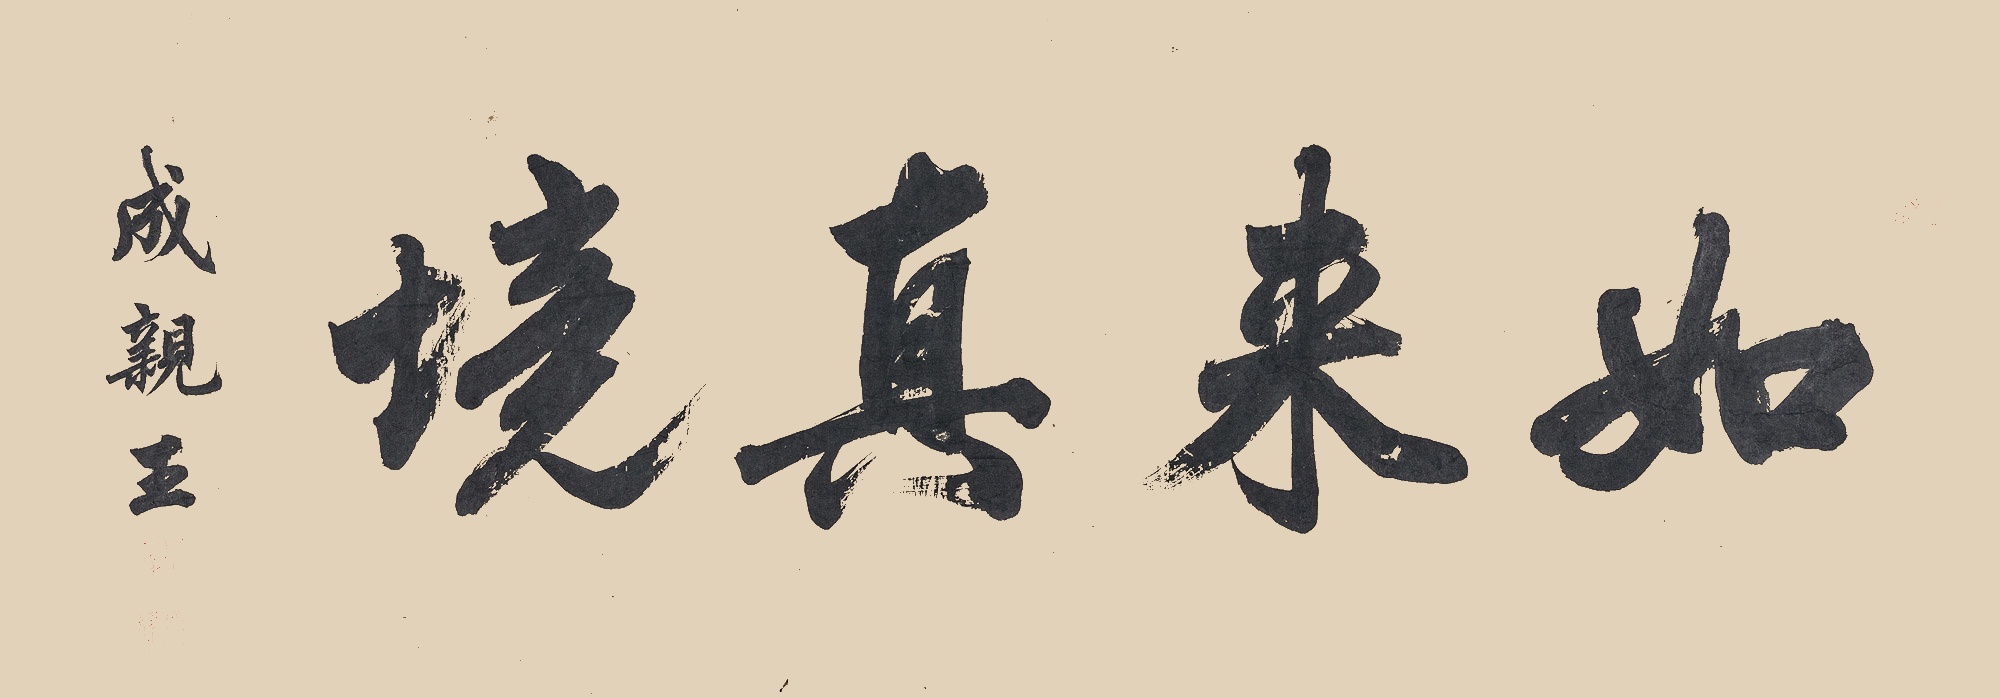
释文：如来真境成亲王。